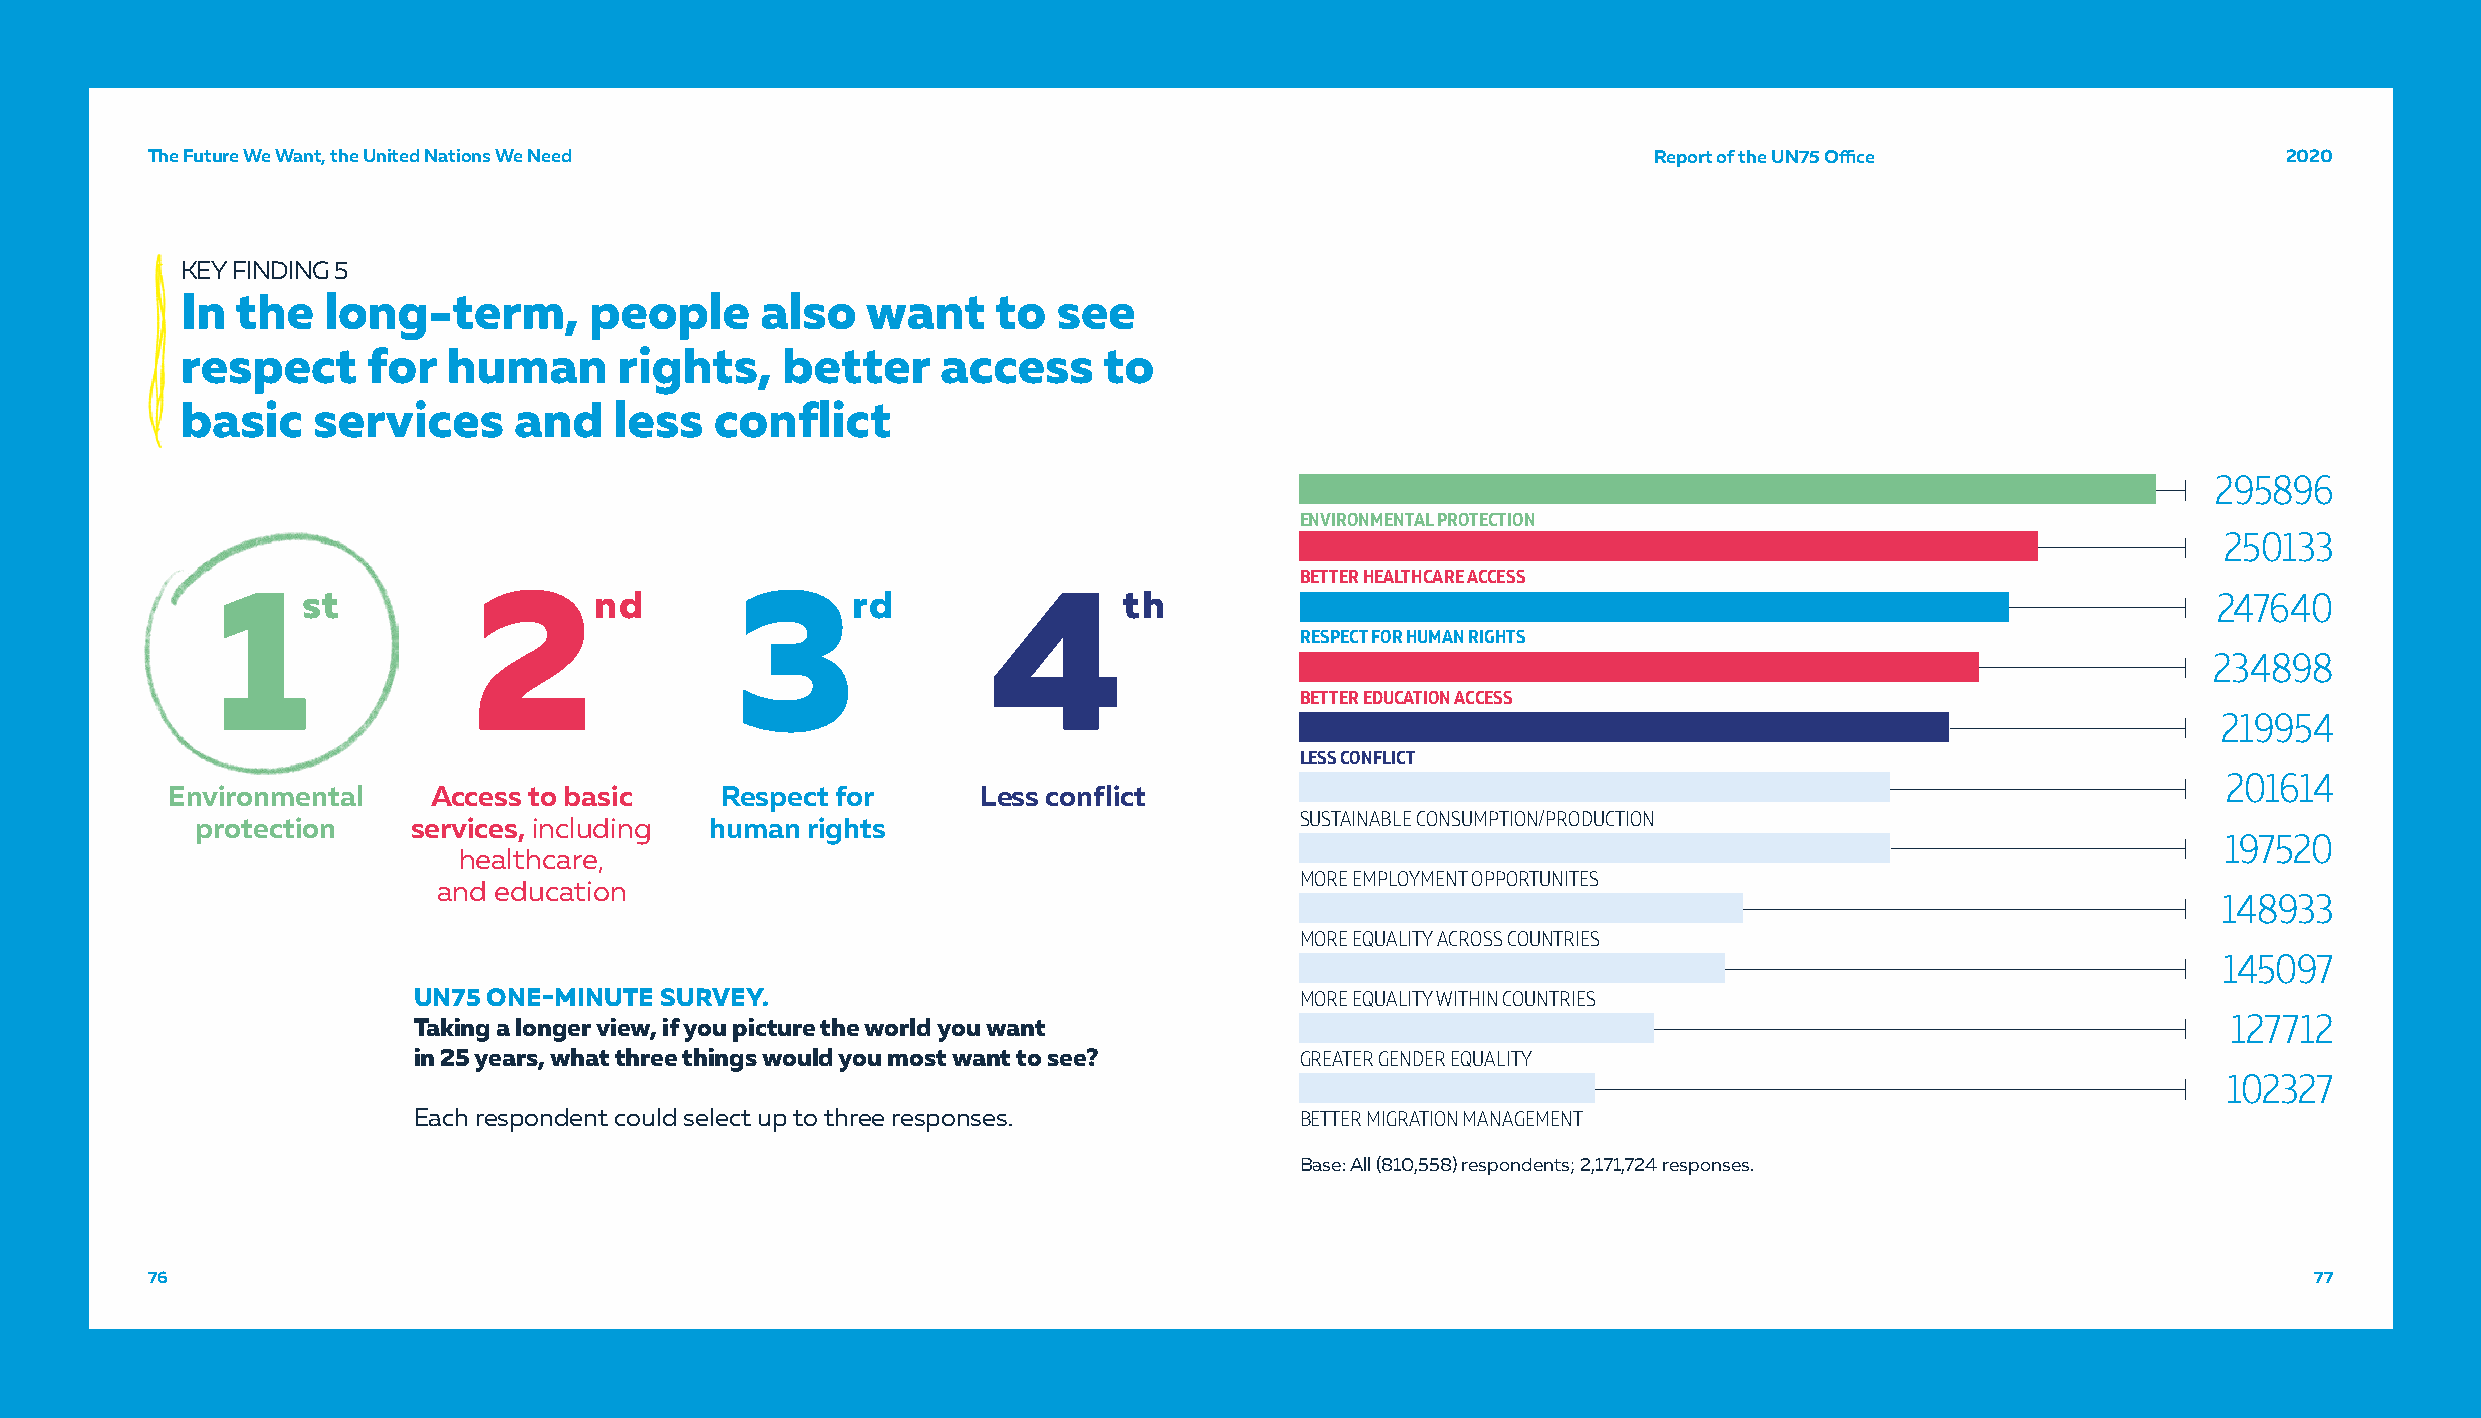
TThhee FFuuttuurree WWee WWaanntt,, tthhee UUnniitteedd NNaattiioonnss WWee NNeeeedd               RReeppoorrtt ooff tthhee UUNN7755 OOffifficcee 22002200
 KEY FINDING 5
 In  the  long-term,        people     also   want     to  see
 respect     for   human      rights,    better    access     to
 basic    services     and    less  conflict
 295896
 ENVIRONMENTAL PROTECTION
 250133
 BETTER HEALTHCARE ACCESS
 1st              2nd               3rd             4th                                                                               247640
 RESPECT FOR HUMAN RIGHTS
 234898
 BETTER EDUCATION ACCESS
 219954
 LESS CONFLICT
 201614
 Environmental    Access to basic     Respect for      Less conflict
 protection    services, including human rights                           SUSTAINABLE CONSUMPTION/PRODUCTION
 197520
 healthcare,
 MORE EMPLOYMENT OPPORTUNITES
 and education
 148933
 MORE EQUALITY ACROSS COUNTRIES
 145097
 UN75 ONE-MINUTE  SURVEY.                                   MORE EQUALITY WITHIN COUNTRIES
 127712
 Taking a longer view, if you picture the world you want
 in 25 years, what three things would you most want to see? GREATER GENDER EQUALITY
 102327
 Each respondent could select up to three responses.        BETTER MIGRATION MANAGEMENT
 Base: All (810,558) respondents; 2,171,724 responses.
 76                                                                                                                                             7777